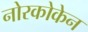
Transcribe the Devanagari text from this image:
नोरकोकेन